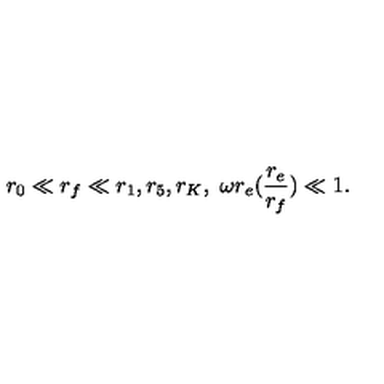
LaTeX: r _ { 0 } \ll r _ { f } \ll r _ { 1 } , r _ { 5 } , r _ { K } , \ \omega r _ { e } ( \frac { r _ { e } } { r _ { f } } ) \ll 1 .